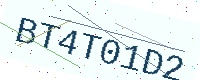
Text: BT4T01D2